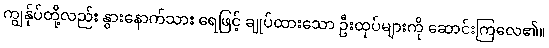
ကျွန်ုပ်တို့လည်း နွားနောက်သား ရေဖြင့် ချုပ်ထားသော ဦးထုပ်များကို ဆောင်းကြလေ၏။